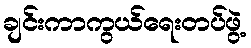
ချင်းကာကွယ်ရေးတပ်ဖွဲ့